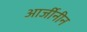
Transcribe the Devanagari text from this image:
आर्जीनीन